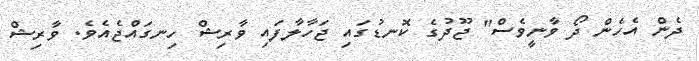
ދެން އެހެން ދޯ ވާނީވެސް" ޖޫދުގެ ކޮނޑުގައި ޖަހާލާފައި ވާރިޝް ހިނގައްޖެއެވެ. ވާރިޝް